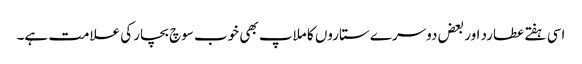
اسی ہفتے عطارد اور بعض دوسرے ستاروں کا ملاپ بھی خوب سوچ بچار کی علامت ہے۔